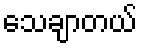
သေချာတယ်